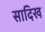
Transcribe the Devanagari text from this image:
सादिख